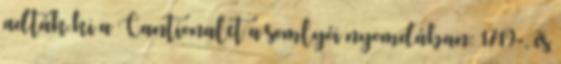
adták ki a Cantionalet a somlyói nyomdában: 1719-, és